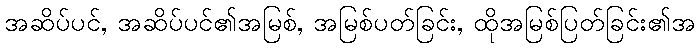
အဆိပ်ပင်, အဆိပ်ပင်၏အမြစ်, အမြစ်ပတ်ခြင်း, ထိုအမြစ်ပြတ်ခြင်း၏အ